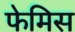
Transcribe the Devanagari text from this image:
फेमिस